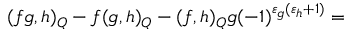
( f g , h ) _ { Q } - f ( g , h ) _ { Q } - ( f , h ) _ { Q } g ( - 1 ) ^ { \varepsilon _ { g } ( \varepsilon _ { h } + 1 ) } =